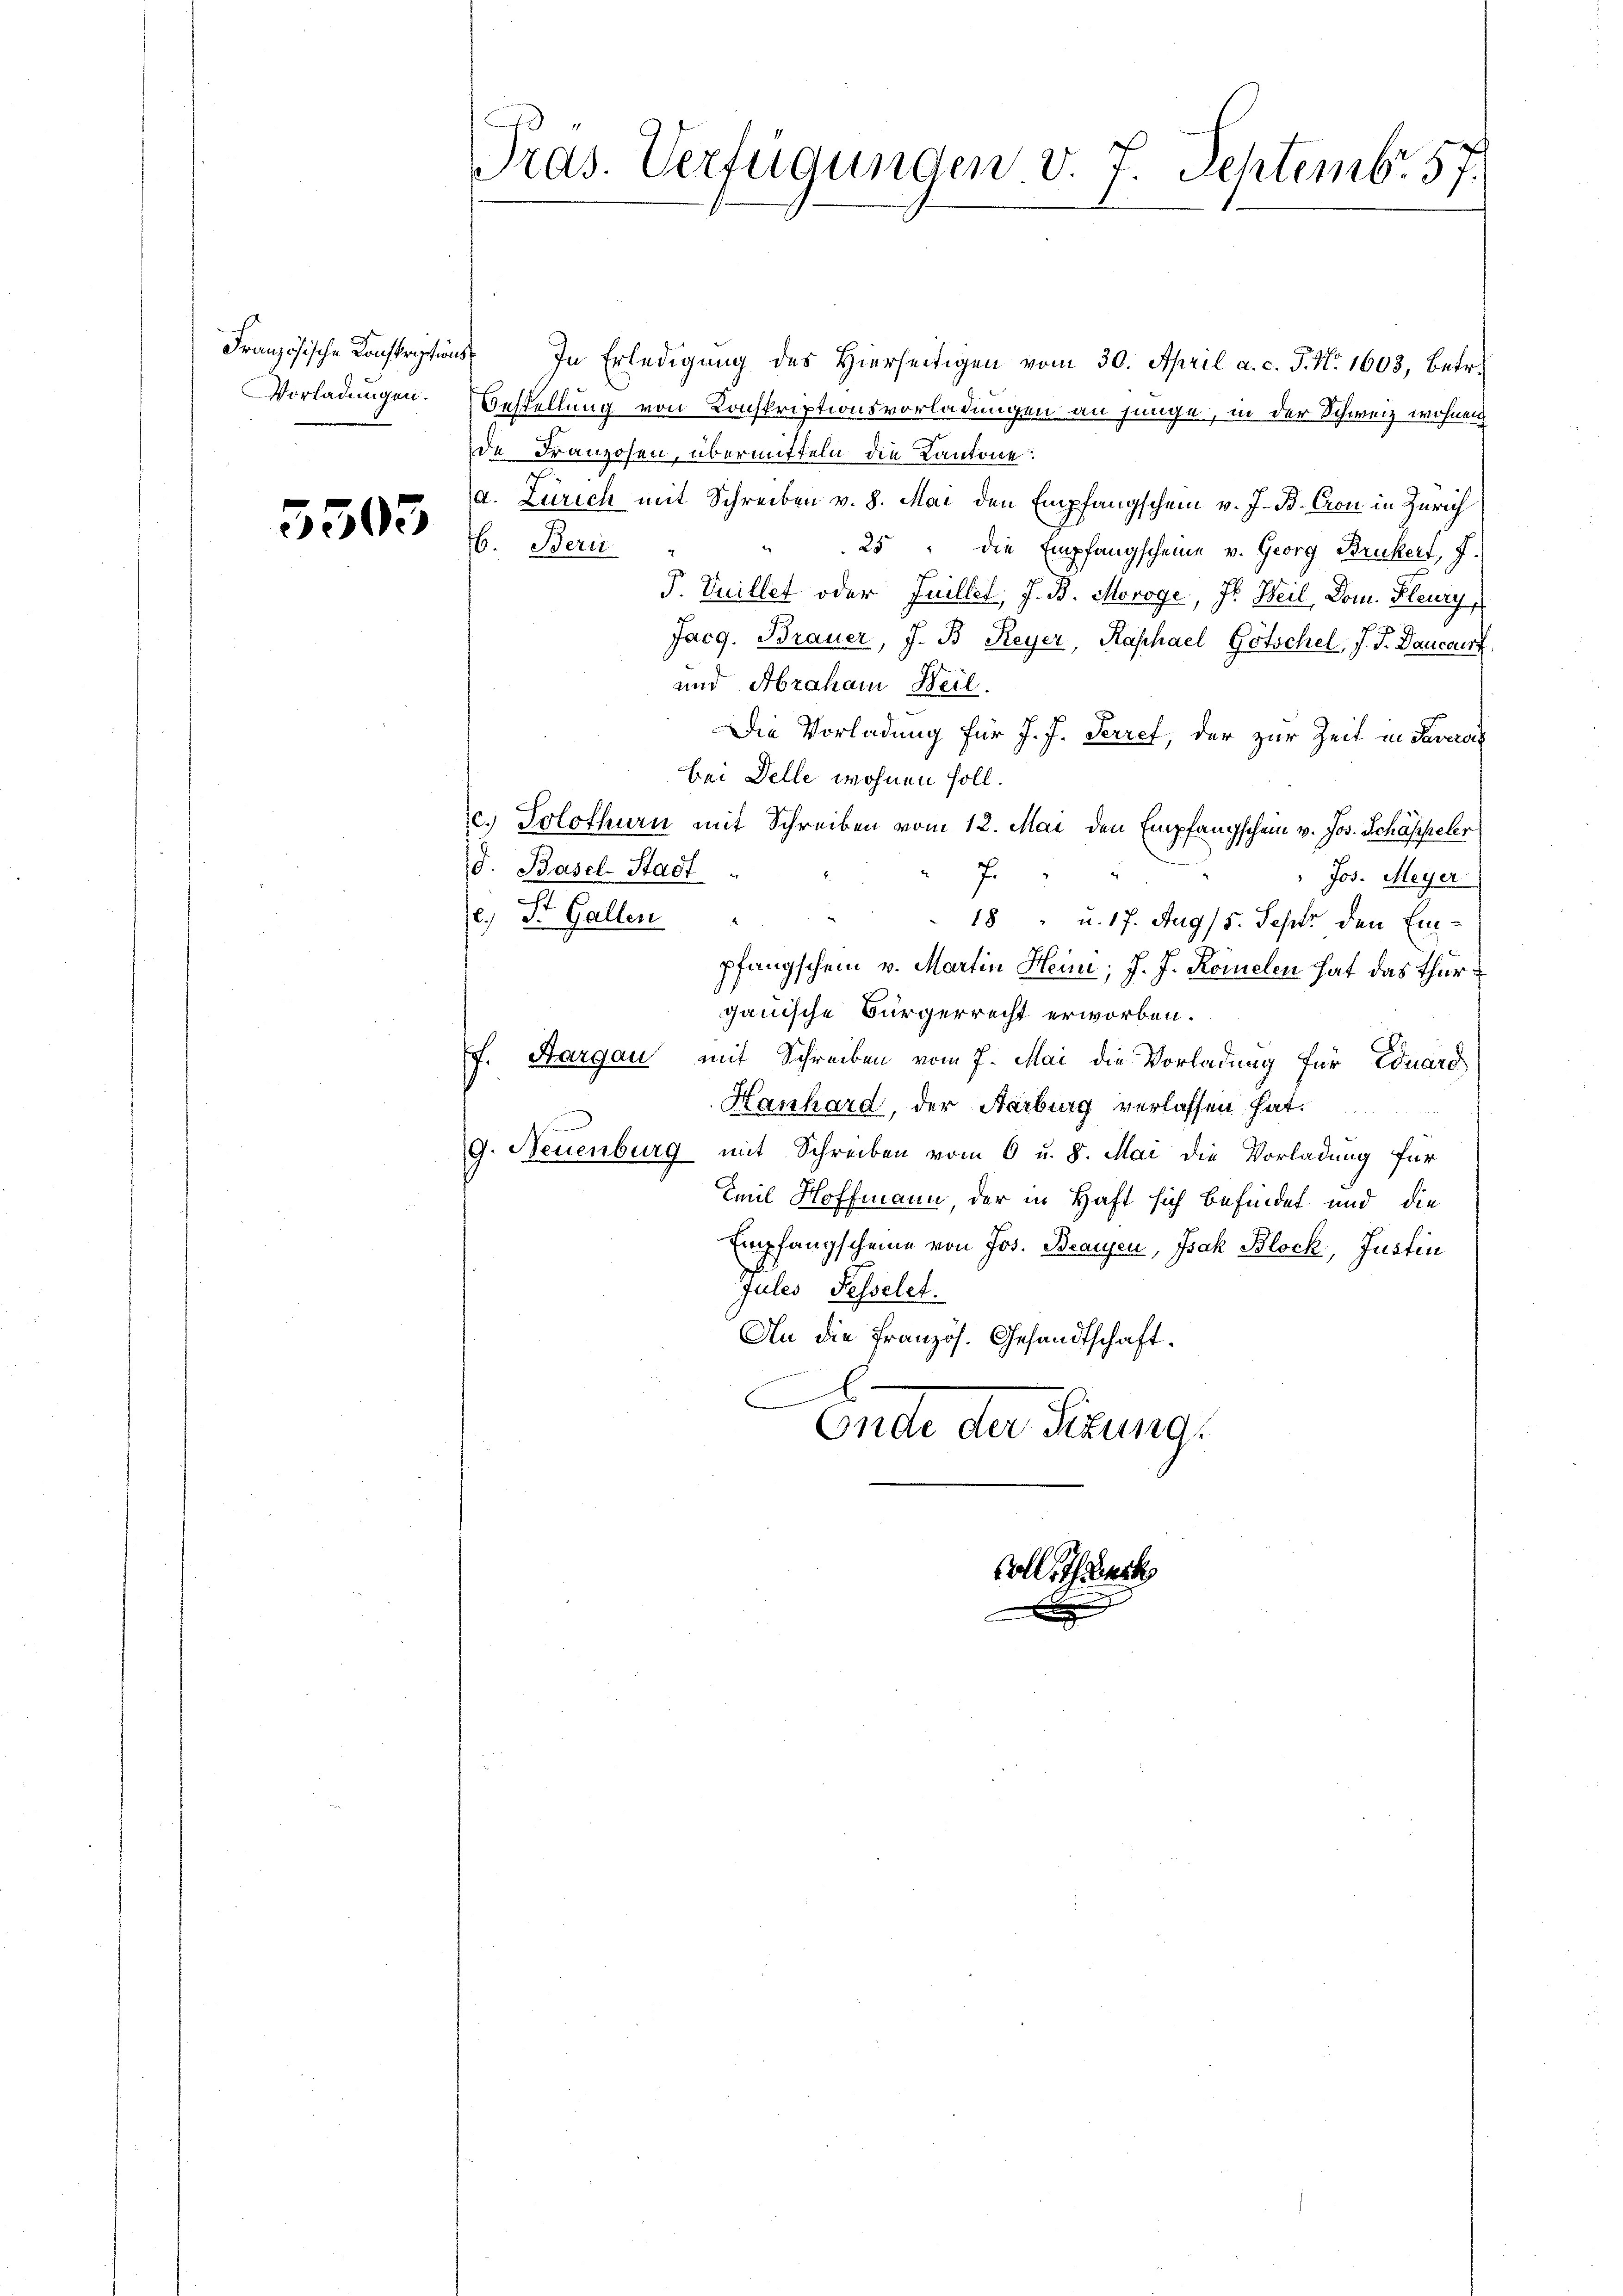
5505

Pras. Verfügungen. v. 7. Septembr. 57.

Französische Konstrations In Erledigŭng des hierseitigen vom 30. April a. c. J. No. 1603, betr.
Vorladungen. Bestellung von Konskriptionsvorladungen an junge, in der Schweiz wohnen
de Franzosen, übermitteln die Kantone:
a. Zürich mit Schreiben v. 8. Mai den Empfangschein v. J. B. Cron in Zürich
b. Beri
25 " die Empfangscheine v. Georg Bruckers, 7.
P. Vuillet oder Juillet, J. B. Moroge, J. Weil, Dom. Fleuzy
Jacg. Brauer, J. B Reyer, Raphael Gotschel, J. J. Dancourt,
und Abraham Weil.
Die Vorladung für J. J. Serief, der zur Zeit in Sava
bei Delle wohnen soll.
c. Solothurn mit Schreiben vom 12. Mai den Empfangschein v. Jos. Schäppeler
d. Basel-Stadt
J.
Jos. Meyer
e) St. Gallen
18 u. 17. Aug 5. Septer den Empfangschein v. Martin Heini; J. J. Komelen hat das Thurgauische Bürgerrecht erworben.
f. Aargau mit Schreiben vom 7. Mai die Vorladung für Eduard
Hanhard, der Aarburg verlassen hat.
G. Neuenburg mit Schreiben vom 6 u. 8. Mai die Vorladung für
Emil Hoffmann, der in Haft sich befindet und die
Empfangscheine von Jos. Brausen, Isak Block, Justin
Jules Fesselet.
An die französ. Gesandtschaft.
Ende der Sitzung.

Colle Theert